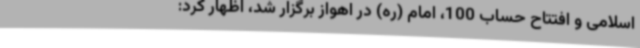
اسلامی و افتتاح حساب 100، امام (ره) در اهواز برگزار شد، اظهار کرد: